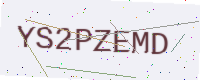
Text: YS2PZEMD